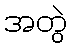
အတွဲ